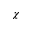
\chi